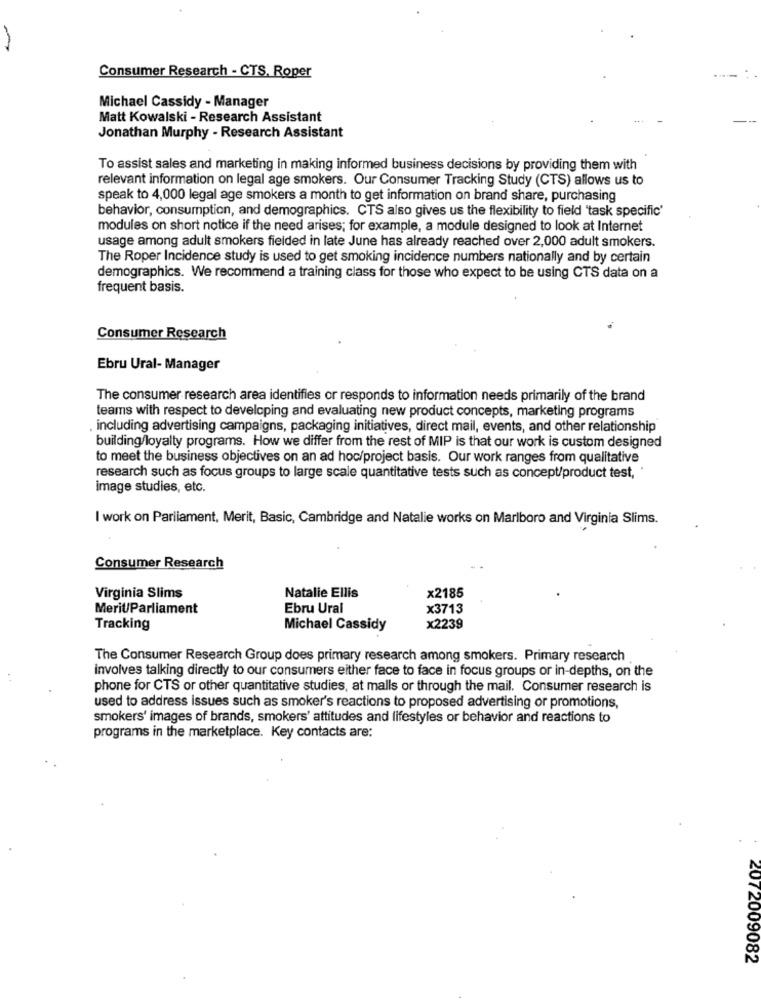
Consumer Research - CTS. Roper
Michael Cassidy - Manager
Matt Kowalski - Research Assistant
Jonathan Murphy - Research Assistant
To assist sales and marketing in making informed business decisions by providing them with
relevant information on legal age smokers. Our Consumer Tracking Study (CTS) allows us to
speak to 4,000 legal age smokers a month to get information on brand share, purchasing
behavior, consumption, and demographics. CTS also gives us the flexibility to field 'task specific'
modules on short notice if the need arises; for example, a module designed to look at Internet
usage among adult smokers fielded in late June has already reached over 2,000 adult smokers.
The Roper Incidence study is used to get smoking incidence numbers nationally and by certain
demographics. We recommend a training class for those who expect to be using CTS data on a
frequent basis.
Consumer Research
Ebru Ural- Manager
The consumer research area identifies or responds to information needs primarily of the brand
teams with respect to developing and evaluating new product concepts, marketing programs
including advertising campaigns, packaging initiatives, direct mail, events, and other relationship
building/loyalty programs. How we differ from the rest of MIP is that our work is custom designed
to meet the business objectives on an ad hoc/project basis. Our work ranges from qualitative
research such as focus groups to large scale quantitative tests such as concept/product test,
image studies, etc.
I work on Parliament, Merit, Basic, Cambridge and Natalie works on Marlboro and Virginia Slims.
Consumer Research
Virginia Slims
Natalie Ellis
x2185
Merit/Parliament
Ebru Ural
x3713
Tracking
Michael Cassidy
x2239
The Consumer Research Group does primary research among smokers. Primary research
involves talking directly to our consumers either face to face in focus groups or in-depths, on the
phone for CTS or other quantitative studies, at malls or through the mail. Consumer research is
used to address issues such as smoker's reactions to proposed advertising or promotions,
smokers' images of brands, smokers' attitudes and lifestyles or behavior and reactions to
programs in the marketplace. Key contacts are:
2072009082